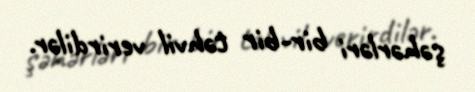
şəhərləri bir-bir təhvil verirdilər.